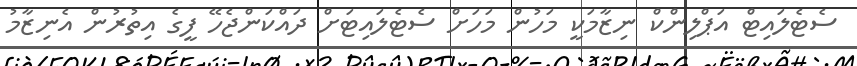
ސެޓެލައިޓް އަޕްލިންކް ނިޒާމަކީ މަހުން މަހަށް ސެޓެލައިޓަށް ދައްކަންޖެހޭ ފީގެ އިތުރުން އެނިޒާމު